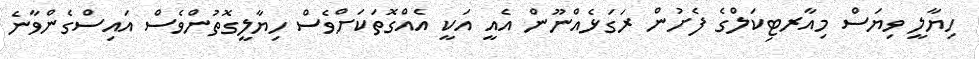
ހިޔާލީ ވިޔަސް މިއާރޓިކަލްގެ ފެށުން ރަގަޅެއްނޫން އެއީ އަކީ އެއްގޮތަކަށްވެސް ހިޔާލީގޮތުންވެސް އައިސްގެންވާނެ